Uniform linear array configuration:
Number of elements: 32
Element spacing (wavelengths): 0.5
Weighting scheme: exponential
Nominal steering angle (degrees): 0
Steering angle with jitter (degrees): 0.2713
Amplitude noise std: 0.05
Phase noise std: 0.05

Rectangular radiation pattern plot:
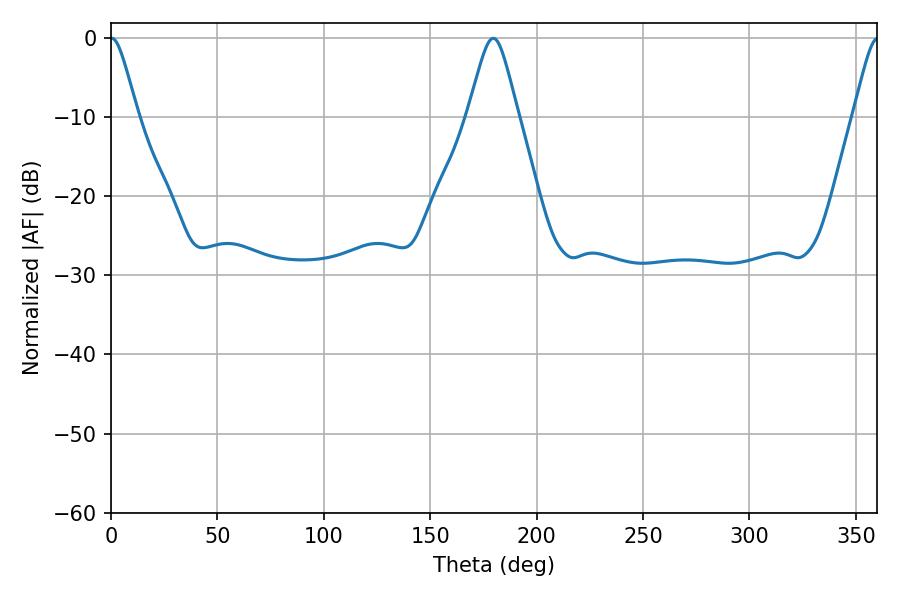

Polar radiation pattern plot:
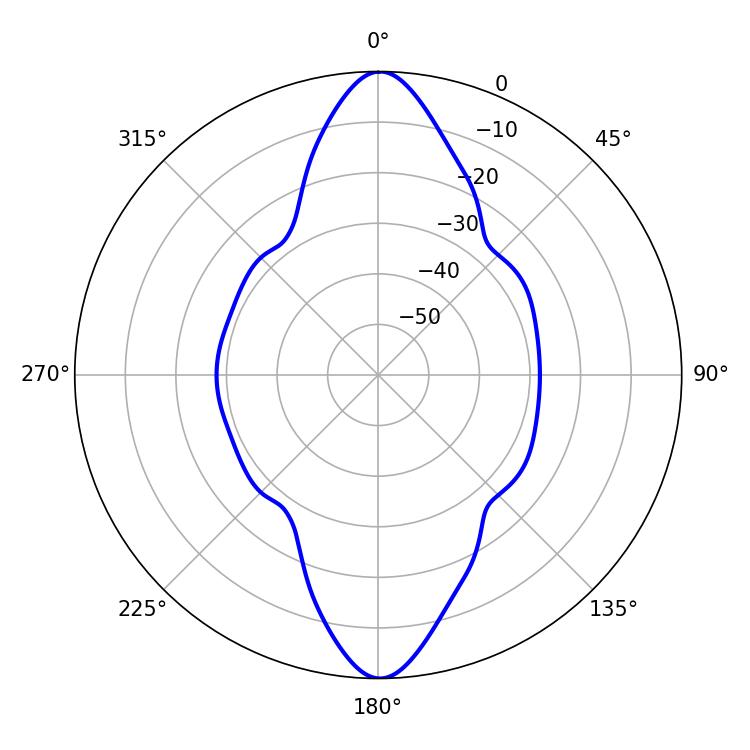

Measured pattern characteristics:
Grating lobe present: FALSE
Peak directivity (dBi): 24.141
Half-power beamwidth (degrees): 6.12
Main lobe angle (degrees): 0.36